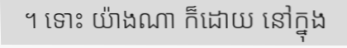
។ ទោះ យ៉ាងណា ក៏ដោយ នៅក្នុង